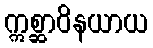
ဣစ္ဆာဝိနယာယ